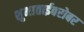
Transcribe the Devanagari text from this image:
शुभाताईबरोबर